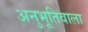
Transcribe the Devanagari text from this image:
अनुभूतिवाला